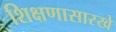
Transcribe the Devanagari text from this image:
शिक्षणासारखे